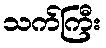
သက်ကြီး